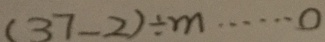
( 3 7 - 2 ) \div m \cdots 0